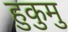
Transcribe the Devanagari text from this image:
हुकुमु